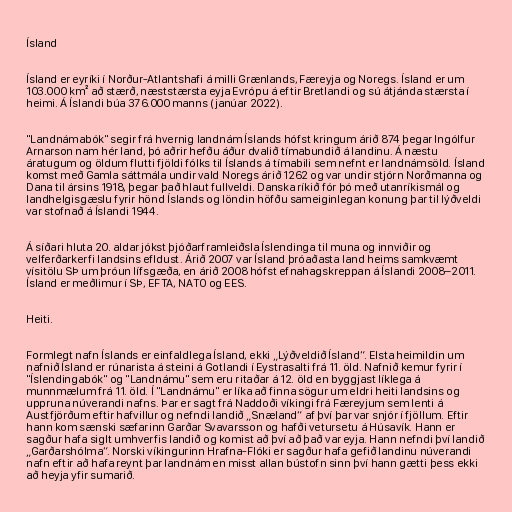
Ísland

Ísland er eyríki í Norður-Atlantshafi á milli Grænlands, Færeyja og Noregs. Ísland er um
103.000 km² að stærð, næststærsta eyja Evrópu á eftir Bretlandi og sú átjánda stærsta í
heimi. Á Íslandi búa 376.000 manns (janúar 2022).

"Landnámabók" segir frá hvernig landnám Íslands hófst kringum árið 874 þegar Ingólfur
Arnarson nam hér land, þó aðrir hefðu áður dvalið tímabundið á landinu. Á næstu
áratugum og öldum flutti fjöldi fólks til Íslands á tímabili sem nefnt er landnámsöld. Ísland
komst með Gamla sáttmála undir vald Noregs árið 1262 og var undir stjórn Norðmanna og
Dana til ársins 1918, þegar það hlaut fullveldi. Danska ríkið fór þó með utanríkismál og
landhelgisgæslu fyrir hönd Íslands og löndin höfðu sameiginlegan konung þar til lýðveldi
var stofnað á Íslandi 1944.

Á síðari hluta 20. aldar jókst þjóðarframleiðsla Íslendinga til muna og innviðir og
velferðarkerfi landsins efldust. Árið 2007 var Ísland þróaðasta land heims samkvæmt
vísitölu SÞ um þróun lífsgæða, en árið 2008 hófst efnahagskreppan á Íslandi 2008–2011.
Ísland er meðlimur í SÞ, EFTA, NATO og EES.

Heiti.

Formlegt nafn Íslands er einfaldlega Ísland, ekki „Lýðveldið Ísland“. Elsta heimildin um
nafnið Ísland er rúnarista á steini á Gotlandi í Eystrasalti frá 11. öld. Nafnið kemur fyrir í
"Íslendingabók" og "Landnámu" sem eru ritaðar á 12. öld en byggjast líklega á
munnmælum frá 11. öld. Í "Landnámu" er líka að finna sögur um eldri heiti landsins og
uppruna núverandi nafns. Þar er sagt frá Naddoði víkingi frá Færeyjum sem lenti á
Austfjörðum eftir hafvillur og nefndi landið „Snæland“ af því þar var snjór í fjöllum. Eftir
hann kom sænski sæfarinn Garðar Svavarsson og hafði vetursetu á Húsavík. Hann er
sagður hafa siglt umhverfis landið og komist að því að það var eyja. Hann nefndi því landið
„Garðarshólma“. Norski víkingurinn Hrafna-Flóki er sagður hafa gefið landinu núverandi
nafn eftir að hafa reynt þar landnám en misst allan bústofn sinn því hann gætti þess ekki
að heyja yfir sumarið.